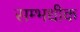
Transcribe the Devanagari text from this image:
सम्भधीक